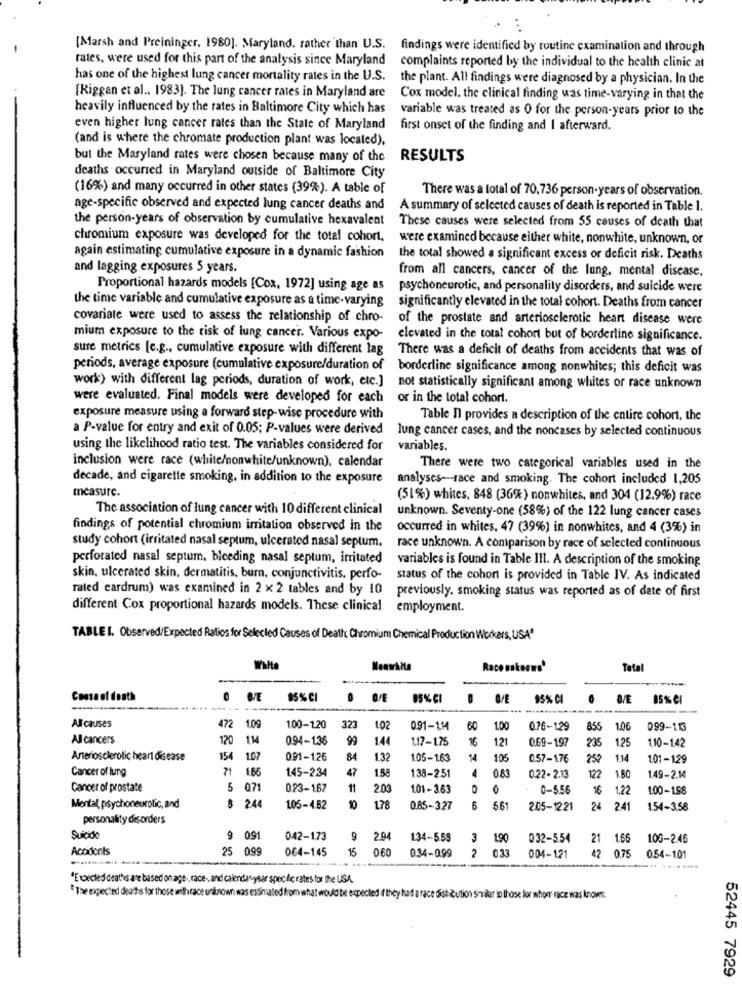
[Marsh and Preininger, 1980). Maryland, rather than U.S. findings were identified by routine examination and through
rates, were used for this part of the analysis since Maryland complaints reported by the individual to the health clinic at
has one of the highest lung cancer mortality rates in the U.S.
the plant. All findings were diagnosed by a physician. In the
[Riggan et al ., 1983). The lung cancer rates in Maryland are
Cox model. the clinical finding was time-varying in that the
heavily influenced by the rates in Baltimore City which has
variable was treated as O for the person-years prior to the
even higher lung cancer rates than the State of Maryland
first onset of the finding and I afterward.
(and is where the chromate production plant was located),
but the Maryland rates were chosen because many of the
RESULTS
deaths occurred in Maryland outside of Baltimore City
(16%) and many occurred in other states (39%). A table of
There was a total of 70,736 person-years of observation.
age-specific observed and expected lung cancer deaths and
A summary of selected causes of death is reported in Table 1.
the person-years of observation by cumulative hexavalent
These causes were selected from 55 causes of death that
chromium exposure was developed for the total cohort,
were examined because either white, nonwhite, unknown, or
again estimating cumulative exposure in a dynamic fashion
the total showed a significant excess or deficit risk. Deaths
and lagging exposures 5 years.
from all cancers, cancer of the lung, mental disease,
Proportional hazards models [Cox, 1972] using age as
psychoneurotic, and personality disorders, and suicide were
the time variable and cumulative exposure as a time-varying
significantly elevated in the total cohort. Deaths from cancer
covariate were used to assess the relationship of chro-
of the prostate and arteriosclerotic heart disease were
mium exposure to the risk of lung cancer. Various expo-
elevated in the total cohort but of borderline significance.
sure metrics [c.g ., cumulative exposure with different lag
There was a deficit of deaths from accidents that was of
periods, average exposure (cumulative exposure/duration of
borderline significance among nonwhites; this deficit was
work) with different lag periods, duration of work, etc.]
not statistically significant among whites or race unknown
were evaluated. Final models were developed for each
or in the total cohort.
exposure measure using a forward step-wise procedure with
Table Il provides a description of the entire cohort, the
a P-value for entry and exit of 0.05; P-values were derived
lung cancer cases, and the noncases by selected continuous
using the likelihood ratio test. The variables considered for
variables.
inclusion were race (white/nonwhite/unknown), calendar
There were two categorical variables used in the
decade, and cigarette smoking, in addition to the exposure
analyses-race and smoking. The cohort included 1,205
measure.
(51%) whites, 848 (36%) nonwhites, and 304 (12.9%) race
The association of lung cancer with 10 different clinical
unknown. Seventy-one (58%) of the 122 lung cancer cases
findings of potential chromium irritation observed in the
occurred in whites. 47 (39%) in nonwhites, and 4 (3%) in
study cohort (irritated nasal septum, ulcerated nasal septum.
race unknown. A comparison by race of selected continuous
perforated nasal septum. bleeding nasal septum, irritated
variables is found in Table III. A description of the smoking
skin, ulcerated skin, dermatitis, burn, conjunctivitis, perfo-
status of the cohort is provided in Table IV. As indicated
rated eardrum) was examined in 2 x 2 tables and by 10
previously. smoking status was reported as of date of first
different Cox proportional hazards models. These clinical
employment.
TABLE I. Observed/Expected Ratios for Selected Causes of Death Chromium Chemical Production Workers, USA"
White
Race usknows'
Total
Causeof death
95% CI
05% CI
0
95% CI
05% 01
-
All causes
472 1.09
100-120
323
102
091-1.14
60
1.00
0.76-1.29
855
1.06
099-113
All cancers
120 1.14
094-1.36
99
1.44
1.17-1.75
121
0.69-197
235
1.25
1.10-142
Anteriosclerotic heart disease
154
1.07
0.91-1.26
84
1.32
1.05-1.63
14
105
0.57-176
252
1.14
1.01-129
Cancer of lung
71
1.66
47
1.88
4
0.83
122
145-234
138-2.51
0.22- 2.13
1.80
1.49-2.14
Cancer of prostate
5
07
0.23-1.67
11
2.03
1.01-3.63
0-556
16
1.22
1.00-1.58
Mental, psychoneurotic, and
8 24
1.05-4.62
178
0.85-327
6
661
2.05-1221
24 241
1.54-3.58
personality disorders
Suicide
9 091
042-1.73
9
2.94
1.34-5.68
3
1.90
0 32-5.54
21 1.66
106-2.46
Accidents
25 0.99
064-1.45
15
060
034-0.99
2
0.33
42
075
004-121
0.54-1.01
"E vected deaths are based on age -, race -, and calendar-year specific rates for the USA.
"The expected deathis for those withrace unknown was estimated from what would be expected If they had a race dist ution sinler in those for whorr race was known.
52445 7929